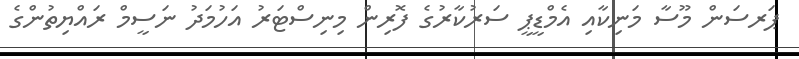
ޕަރސަން މޫސާ މަނިކާއި އެމްޑީޕީ ސަރުކާރުގެ ފޮރިން މިނިސްޓަރު އަހުމަދު ނަސީމް ރައްޔިތުންގެ